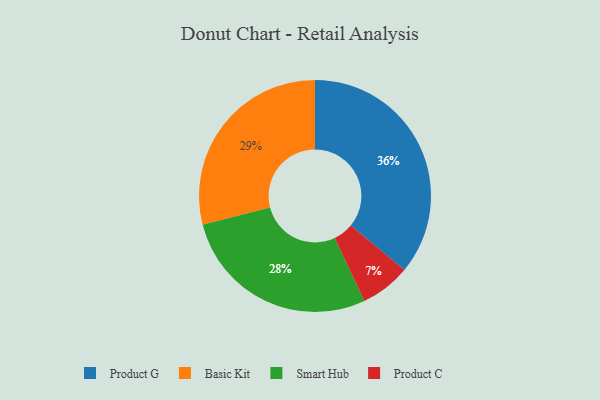
{"axis": {"x": "Category", "y": "Percentage"}, "legend": ["Basic Kit", "Product C", "Product G", "Smart Hub"], "data": [{"x": "Smart Hub", "y": 28, "type": "Smart Hub"}, {"x": "Basic Kit", "y": 29, "type": "Basic Kit"}, {"x": "Product C", "y": 7, "type": "Product C"}, {"x": "Product G", "y": 36, "type": "Product G"}]}